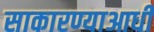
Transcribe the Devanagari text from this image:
साकारण्याआधी